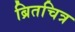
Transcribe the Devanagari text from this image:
ब्रितचित्र